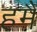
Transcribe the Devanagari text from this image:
हमैं